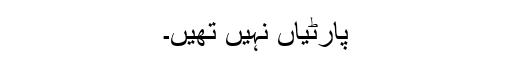
پارٹیاں نہیں تھیں۔